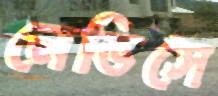
নেভিসে